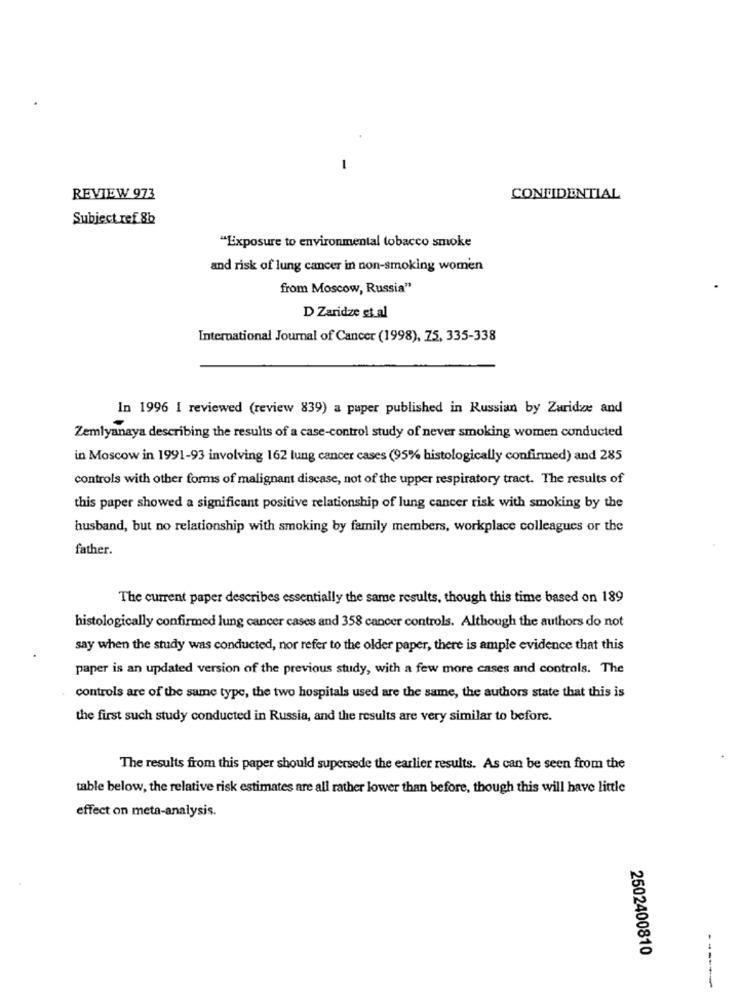
-
REVIEW 973
CONFIDENTIAL
Subject ref 8b
"Exposure to environmental tobacco smoke
and risk of lung cancer in non-smoking women
from Moscow, Russia"
D Zaridze et al
International Journal of Cancer (1998), 75, 335-338
In 1996 I reviewed (review 839) a paper published in Russian by Zuridze and
Zemlyanaya describing the results of a case-control study of never smoking women conducted
in Moscow in 1991-93 involving 162 lung cancer cases (95% histologically confirmed) and 285
controls with other forms of malignant discase, not of the upper respiratory tract. The results of
this paper showed a significant positive relationship of lung cancer risk with smoking by the
husband, but no relationship with smoking by family members, workplace colleagues or the
father.
The current paper describes essentially the same results, though this time based on 189
histologically confirmed lung cancer cases and 358 cancer controls. Although the authors do not
say when the study was conducted, nor refer to the older paper, there is ample evidence that this
paper is an updated version of the previous study, with a few more cases and controls. The
controls are of the same type, the two hospitals used are the same, the authors state that this is
the first such study conducted in Russia, and the results are very similar to before.
The results from this paper should supersede the earlier results. As can be seen from the
table below, the relative risk estimates are all rather lower than before, though this will have little
effect on meta-analysis.
2502400810
------